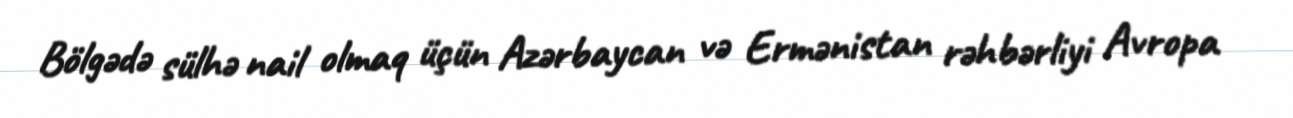
Bölgədə sülhə nail olmaq üçün Azərbaycan və Ermənistan rəhbərliyi Avropa